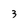
Character: 3